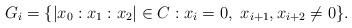
LaTeX: \begin{align*} G_i = \{|x_0:x_1:x_2|\in C : x_i=0,~x_{i+1},x_{i+2}\neq0\}. \end{align*}